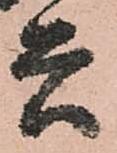
兵